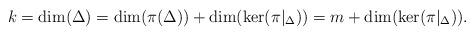
LaTeX: \begin{align*}k=\dim(\Delta)=\dim ( \pi(\Delta)) + \dim(\ker( \pi|_\Delta))= m + \dim(\ker( \pi|_\Delta)). \end{align*}